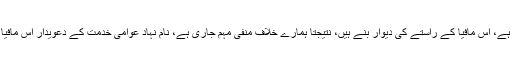
ہم نے اس مافیا کو للکارا ہے، اس مافیا کے راستے کی دیوار بنے ہیں، نتیجتاً ہمارے خلاف منفی مہم جاری ہے، نام نہاد عوامی خدمت کے دعویدار اس مافیا کے ہمسفر نظر آتے ہیں۔